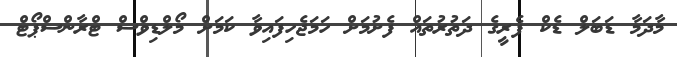
މާދަމާ ޑަބަލް ޑެކް ފެރީގެ ދަތުރުތައް ފެށުމަށް ހަމަޖެހިފައިވާ ކަމަށް މޯލްޑިވްސް ޓްރާންސްޕޯޓް